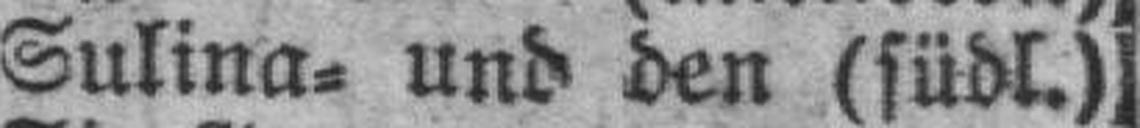
Sulina= und den (südl.)